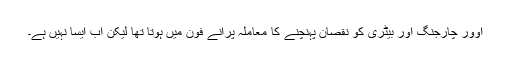
اوور چارجنگ اور بیٹری کو نقصان پہنچنے کا معاملہ پرانے فون میں ہوتا تھا لیکن اب ایسا نہیں ہے۔